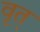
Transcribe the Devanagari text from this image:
वृत्